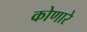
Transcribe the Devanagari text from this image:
कोणारे